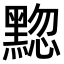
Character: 𫜚